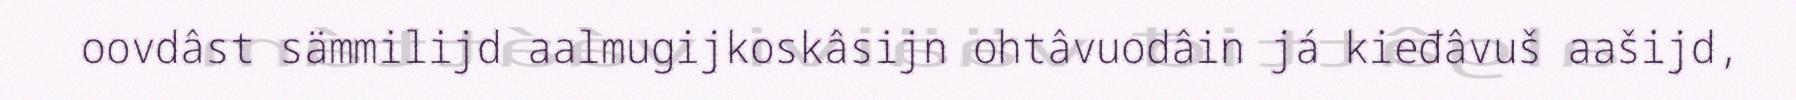
oovdâst sämmilijd aalmugijkoskâsijn ohtâvuodâin já kieđâvuš aašijd,